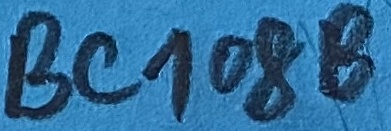
Text: BC108B